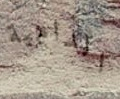
الدامية